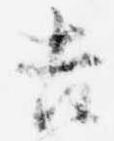
吉